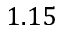
1 . 1 5